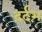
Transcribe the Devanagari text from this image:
दर्दभ